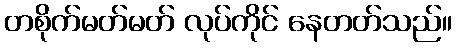
တစိုက်မတ်မတ် လုပ်ကိုင် နေတတ်သည်။